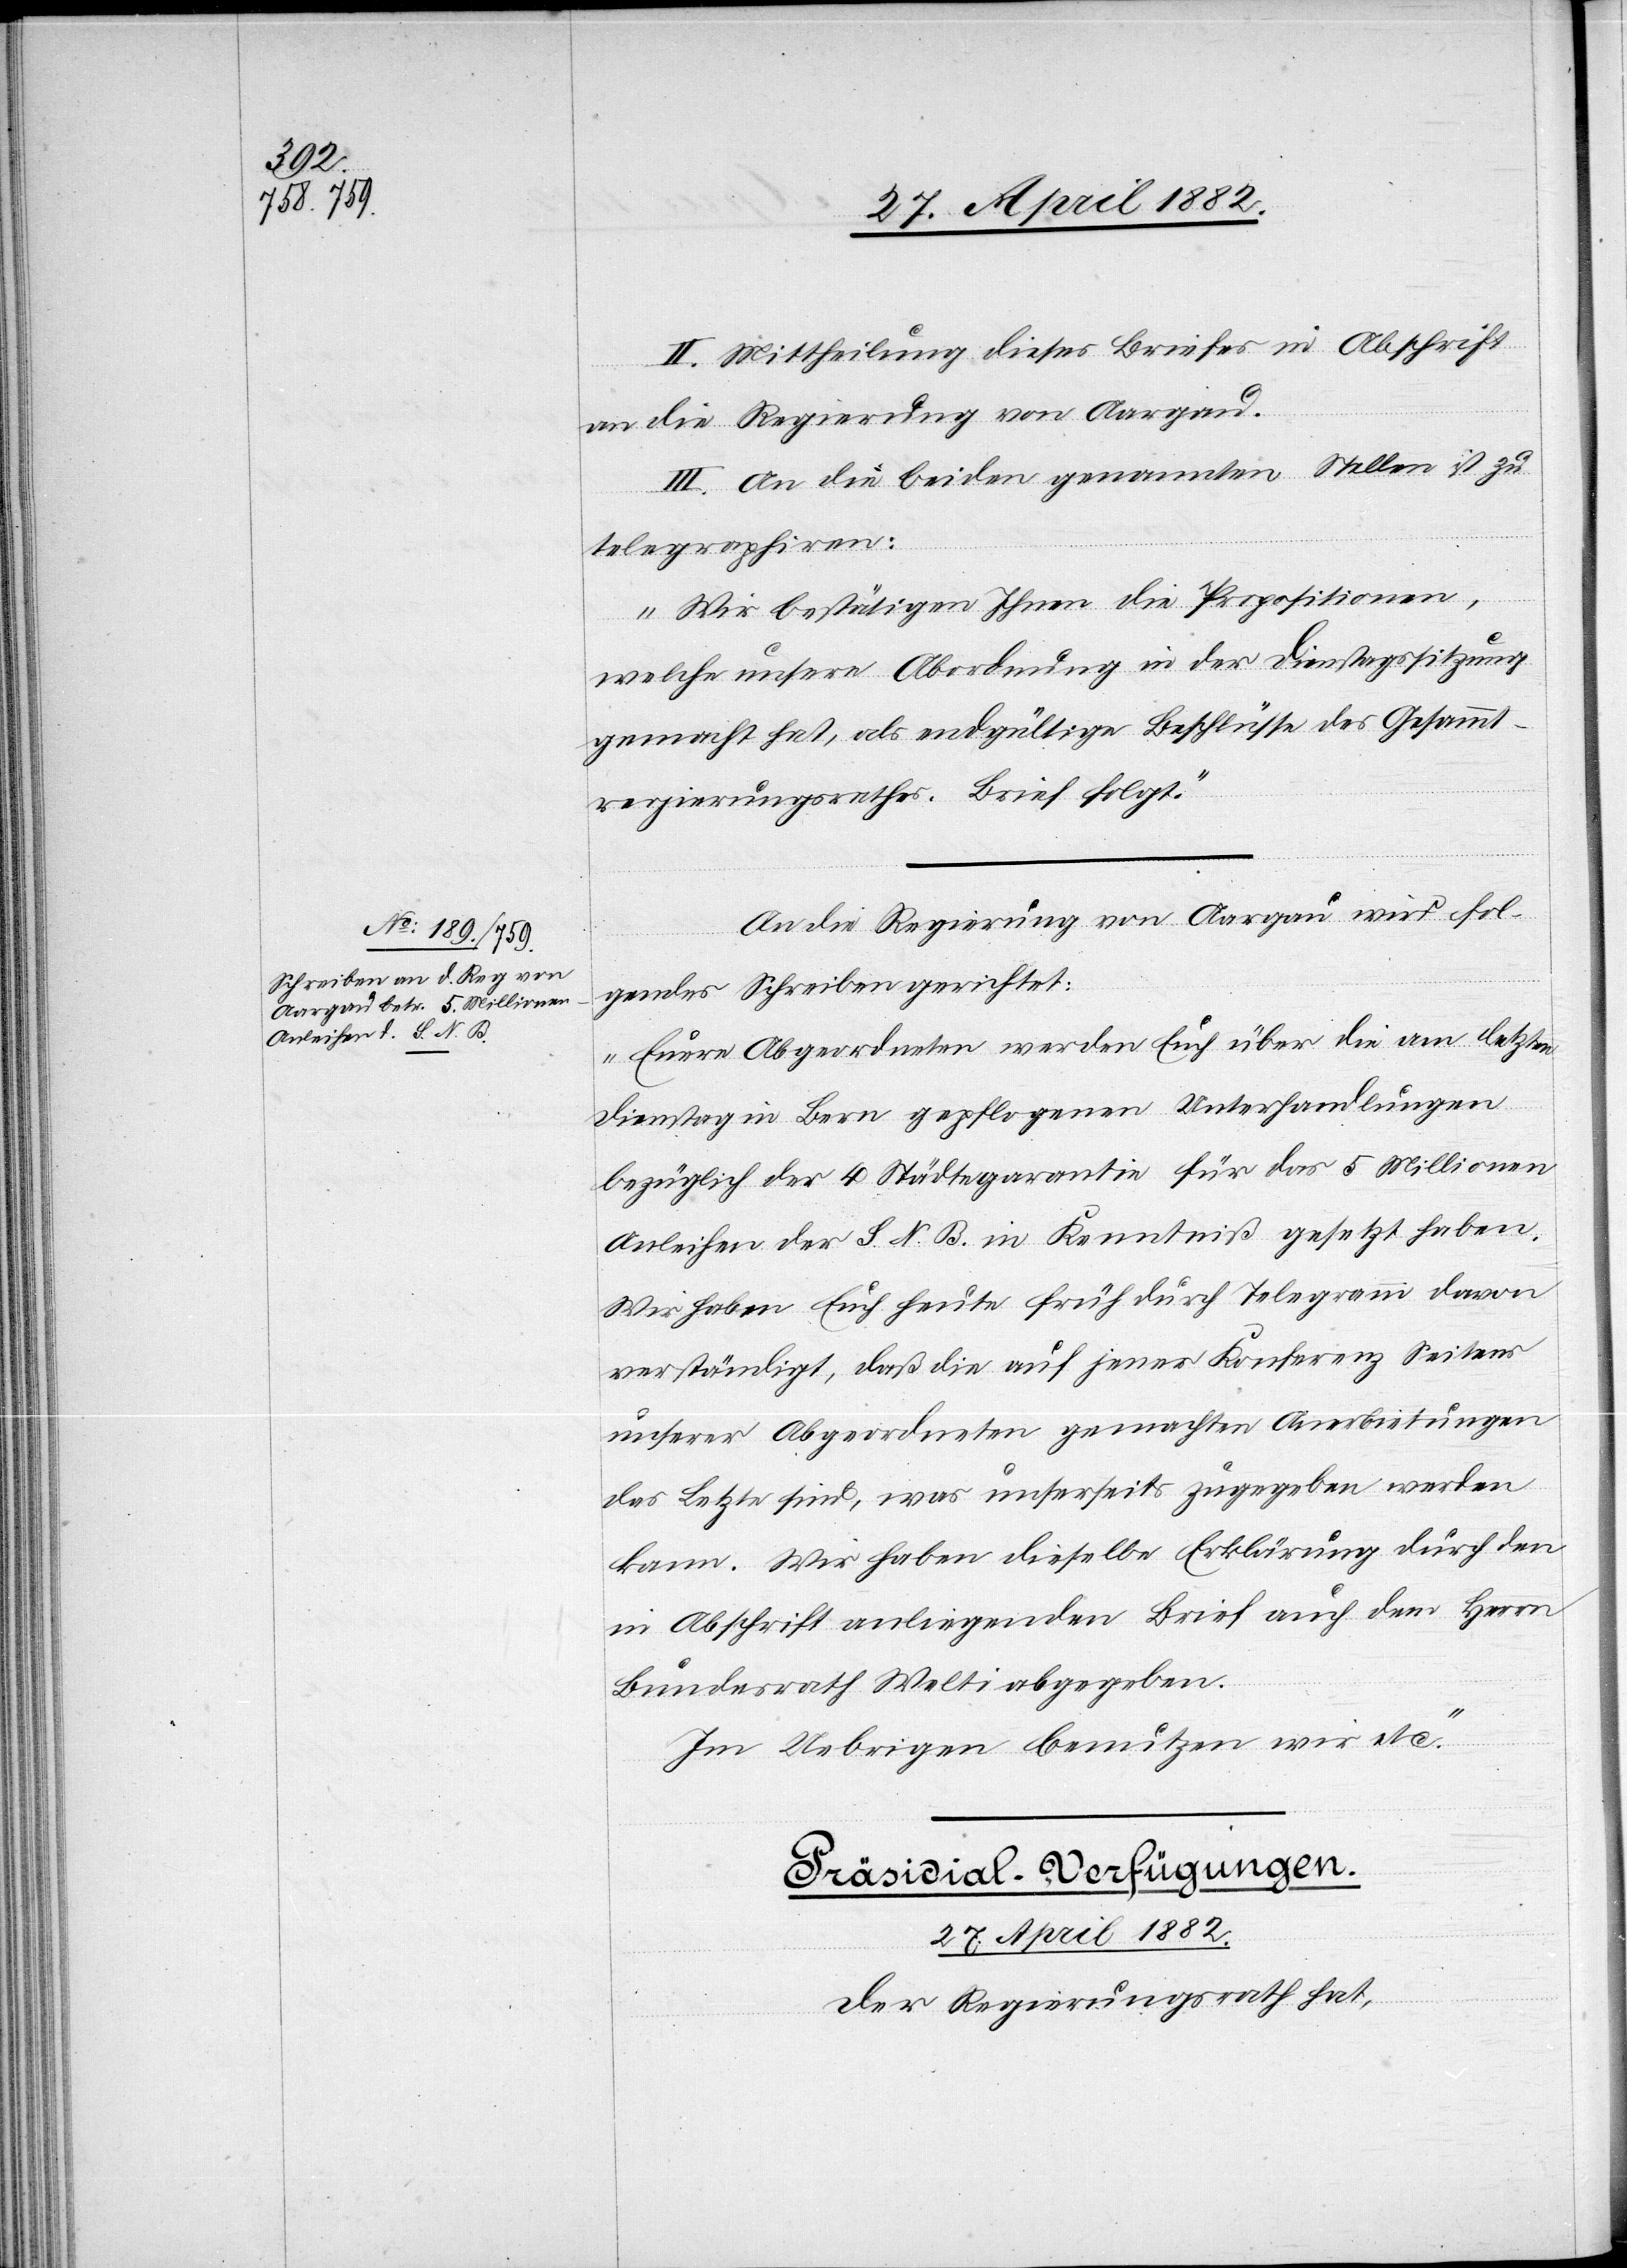
II. Mittheilung dieses Briefes in Abschrift
an die Regierung von Aargau.
III. An die beiden genannten Stellen ist zu
telegraphiren:
„Wir bestätigen Ihnen die Propositionen,
welche unsere Abordnung in der Dienstagssitzung
gemacht hat, als endgültige Beschlüsse des Gesammt¬
regierungsrathes. Brief folgt.“
An die Regierung von Aargau wird fol¬
gendes Schreiben gerichtet:
„Euere Abgeordneten werden Euch über die am letzten
Dienstag in Bern gepflogenen Unterhandlungen
bezüglich der 4 Städtegarantie für das 5 Millionen
Anleihen der S. N. B. in Kenntniß gesetzt haben.
Wir haben Euch heute früh durch Telegramm davon
verständigt, daß die auf jener Konferenz Seitens
unserer Abgeordneten gemachten Anerbietungen
das Letzte sind, was unserseits zugegeben werden
kann. Wir haben dieselbe Erklärung durch den
in Abschrift anliegenden Brief auch dem Herrn
Bundesrath Welti abgegeben.
Im Uebrigen benutzen wir etc.“
Präsidial-Verfügungen.
27. April. 1882.
Der Regierungsrath hat,